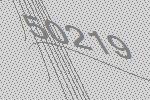
50219